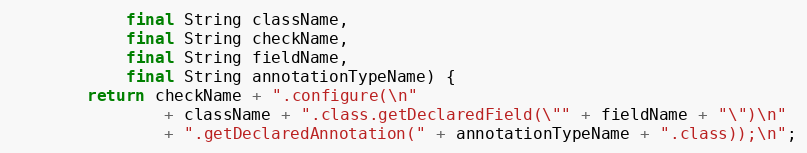
Language: Java
            final String className,
            final String checkName,
            final String fieldName,
            final String annotationTypeName) {
        return checkName + ".configure(\n"
                + className + ".class.getDeclaredField(\"" + fieldName + "\")\n"
                + ".getDeclaredAnnotation(" + annotationTypeName + ".class));\n";